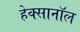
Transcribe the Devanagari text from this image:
हेक्सानॉल